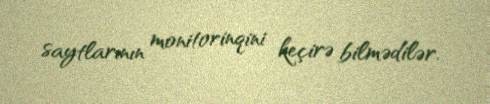
saytlarının monitorinqini keçirə bilmədilər.